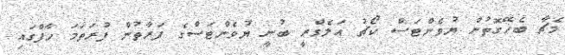
މެޗާ ބެހޭގޮތުން ޔުވެންޓަސް ކޯޗު އަލެގްރީ ބުނީ ޔުވެންޓަސްގެ ފަރާތުން ފުރަތަމަ ހާފްގައި